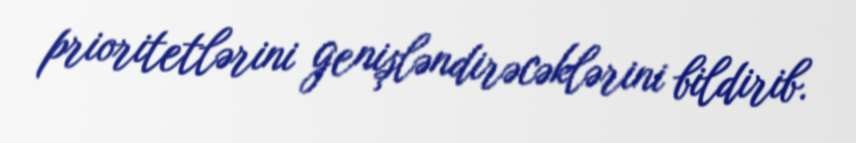
prioritetlərini genişləndirəcəklərini bildirib.